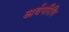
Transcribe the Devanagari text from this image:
अर्धपरिधि